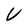
Character: U